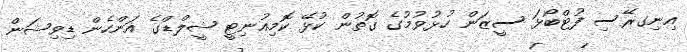
އިނިގރޭސި ފުޓްބޯޅަ ސީޒަން ހުޅުވުމުގެ ގޮތުން ކުޅޭ ކޮމިއުނިޓީ ޝީލްޑްގެ އަންހެން ޑިވިޝަން